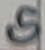
Text: G